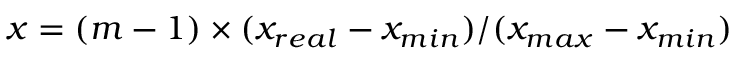
x = ( m - 1 ) \times ( x _ { r e a l } - x _ { m i n } ) / ( x _ { m a x } - x _ { m i n } )